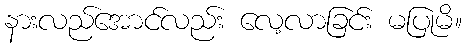
နားလည်အောင်လည်း လေ့လာခြင်း မပြုမိ။